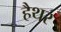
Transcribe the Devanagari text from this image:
हैथर